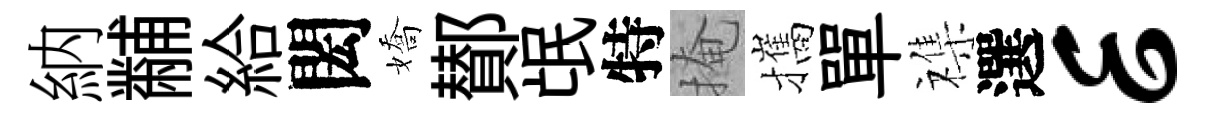
納黼給閎嬌鄼氓特掩攜單襍選E